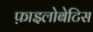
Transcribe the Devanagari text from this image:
फ़ाइलोबेटिस